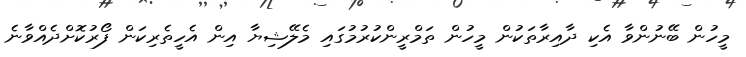
މީހުން ބޭނުންވާ އެކި ދާއިރާތަކުން މީހުން ތަމްރީންކުރުމުގައި މެލޭޝިޔާ އިން އެހީތެރިކަން ފޯރުކޮށްދެއްވާނެ